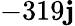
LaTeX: -319\mathbf{j}